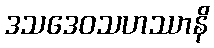
ဒသဒေဝသဟဿာနိ